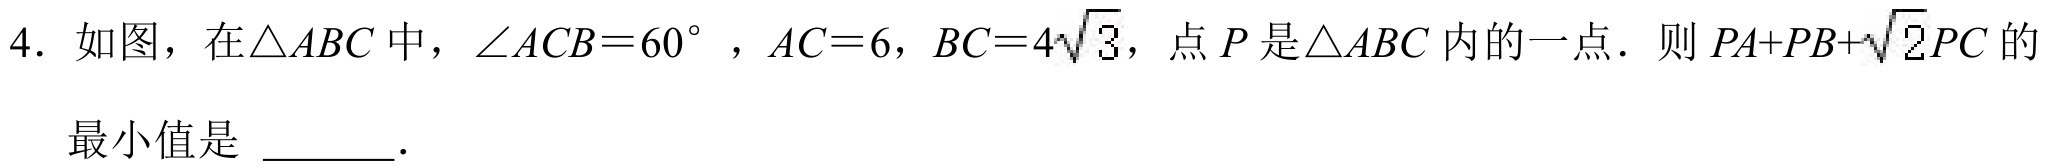
4. 如图，在\(\triangle ABC\)中，\(\angle ACB = 60^{\circ}\)，\(AC = 6\)，\(BC = 4\sqrt{3}\)，点\(P\)是\(\triangle ABC\)内的一点．则\(PA + PB+\sqrt{2}PC\)的最小值是  ．